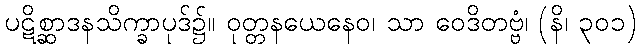
ပဋိစ္ဆာဒနသိက္ခာပုဒ်၌။ ဝုတ္တနယေနေဝ၊ သာ ဝေဒိတဗ္ဗံ၊ (နိ၊ ၃၀၁)